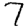
Digit: 7